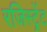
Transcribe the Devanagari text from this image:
रजिस्ट्रेंट